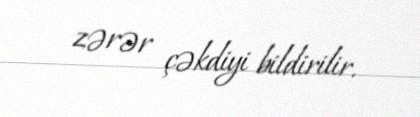
zərər çəkdiyi bildirilir.